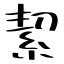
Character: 絜